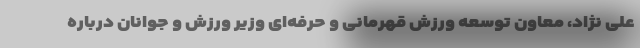
علی نژاد، معاون توسعه ورزش قهرمانی و حرفه‌ای وزیر ورزش و جوانان درباره